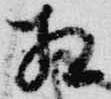
相